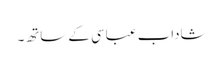
شاداب عباسی کے ساتھ۔